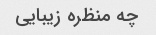
چه منظره زیبایی